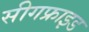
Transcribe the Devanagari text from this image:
सीगफ्राइड